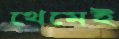
থেমেই